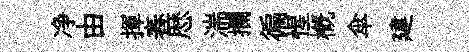
净由揮舂厯湍攔徧惺槪傘建